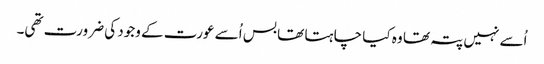
اُسے نہیں پتہ تھا وہ کیا چا ہتا تھا بس اُسے عورت کے وجود کی ضرورت تھی۔